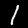
Digit: 1